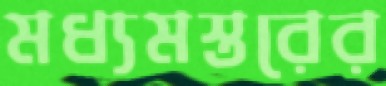
মধ্যমস্তরের